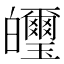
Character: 𤿂